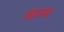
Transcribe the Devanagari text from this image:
प्र्व्राज्या